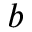
b